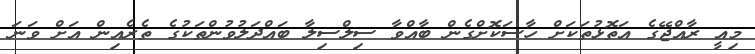
މިއީ ރާއްޖޭގެ އަތޮޅުތަކަށް ހާސަކޮށްގެން ބާއްވާ ސިލްސިލާ ބައްދަލުވުންތަކުގެ ތެރެއިން އަށް ވަނަ